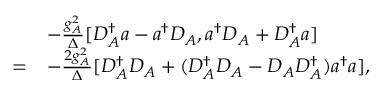
\begin{array} { r l } & { - \frac { g _ { A } ^ { 2 } } { \Delta } [ D _ { A } ^ { \dagger } a - a ^ { \dagger } D _ { A } , a ^ { \dagger } D _ { A } + D _ { A } ^ { \dagger } a ] } \\ { = } & { - \frac { 2 g _ { A } ^ { 2 } } { \Delta } [ D _ { A } ^ { \dagger } D _ { A } + ( D _ { A } ^ { \dagger } D _ { A } - D _ { A } D _ { A } ^ { \dagger } ) a ^ { \dagger } a ] , } \end{array}